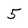
Character: 5